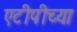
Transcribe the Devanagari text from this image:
एटीपीच्या